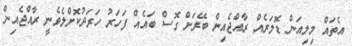
އެތައް މިލިއަން ޑޮލަރެއް ރާއްޖެއިން ބޭރަށް ގޮސް ބައެއް ފަހަރު ހަރަދުކޮށްލެވެނީ ރާއްޖެއިން